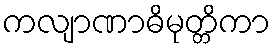
ကလျာဏာဓိမုတ္တိကာ